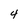
Character: 4